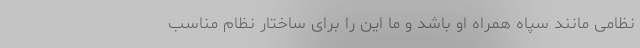
نظامی مانند سپاه همراه او باشد و ما این را برای ساختار نظام مناسب